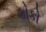
કોકો